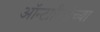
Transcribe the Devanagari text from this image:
ऑन्टारियोच्या